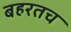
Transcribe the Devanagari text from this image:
बहरतच